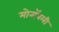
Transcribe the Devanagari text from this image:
मोनॉपली